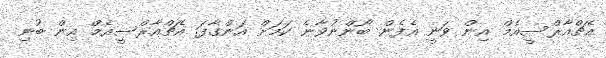
އެޗްއާރްސީއެމް އިން ވަނީ އެެފެން ބޯންނުވާނެ ކަމަށް އަންގާފަ. އެޗްއާރްސީއެމް އިން ބުނި